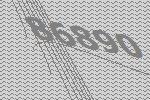
86890